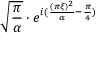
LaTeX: { \sqrt { \frac { \pi } { \alpha } } } \cdot e ^ { i ( { \frac { ( \pi \xi ) ^ { 2 } } { \alpha } } - { \frac { \pi } { 4 } } ) }